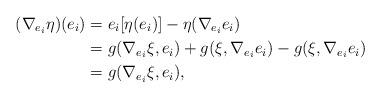
LaTeX: \begin{align*} (\nabla_{e_i}\eta)(e_i)&=e_i[\eta(e_i)]-\eta(\nabla_{e_i}e_i) \\ &=g(\nabla_{e_i}\xi,e_i)+g(\xi,\nabla_{e_i}e_i)-g(\xi,\nabla_{e_i}e_i) \\ &=g(\nabla_{e_i}\xi,e_i), \end{align*}